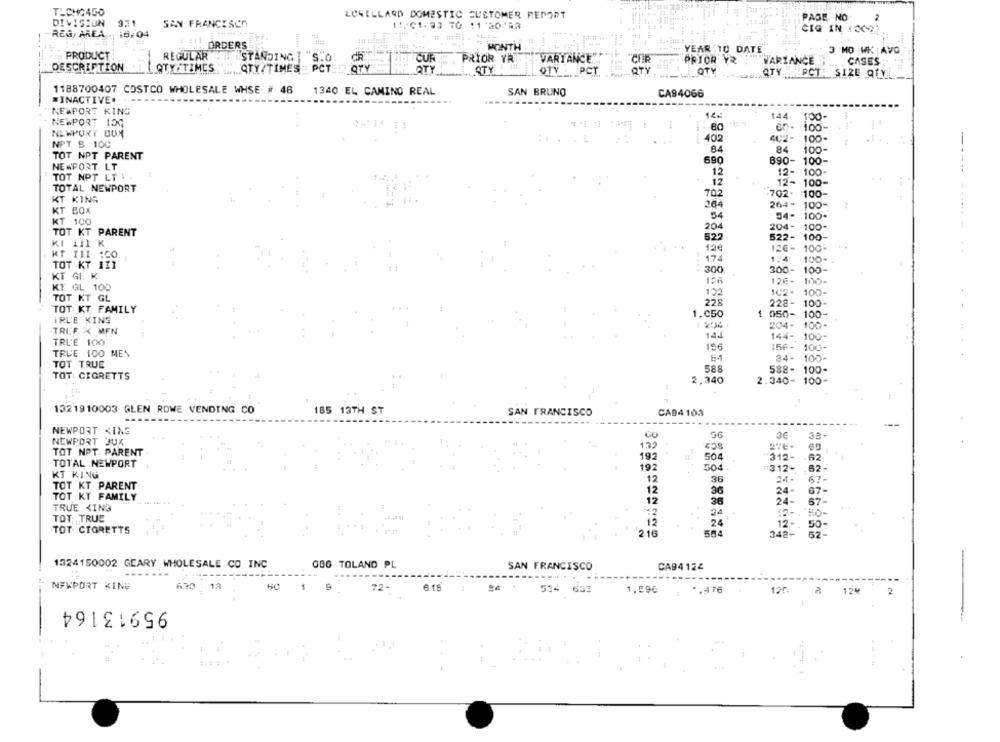
TLCHO450
LOWILLARD DOMESTIC CUSTOMER REPORT
DIVISION
SAN FRANCISCO
PAGE. NO
11,01/93 10 11'20/43
CIG IN JOC22
-REG, AREA .16.04
ORDERS
MONTH
+""+ YEAR TO DATE
3 MO WK AVG
PRODUCT
REGULAR
STANDING
"S.0
ČUR.
PRIOR YR
VARIANCE
CIR
PRIOR Y&
CASES
-
QTY
TUTARIANCE
DESCRIPTION
ATY TIMES
QTY /TIMES _ PCT
QTY
STY !
QTY : PCT
OTY
QTY . PCT: SIZE QTVE
1188700407 COSTCO WHOLESALE WHSE # 46
1340 EL CAMINO REAL
SAN BRUNO
CA94066
*INACTIVE. - ---
NEWPORT KING
144
100-
NEWPORT 130
NEWPORT BOM
60
402
100-
NPT S 100
84
100-
TOT NPT PARENT
590
890-
100-
NEWPORT LT
100-
TOT NOT LT 1 .
12
100-
TOTAL NEWPORT
702
702.
:100-
KT KING
264
264-
100-
KT BOX
54
100-
KT 100
TOT KT PARENT
204
204-
100-
522
522-
100-
KI 111 K
19€
100
KT FII 1CO.
174
124
100-
TOT KT 111
.. ...
100-
300
300-
KT GI. K
126
KT GL 100
TOT KT GL
122
100-
228
222-
100
TOT KT FAMILY
.-
IRL'E KING
1.050
050-
100-
204-
100-
TALE X MEN
144
TRUE 100
144-
100
156
:56-
100-
TRUE 100 MEY
84-
100-
TOT TRUE
588
588-
100-
TOT CIGRETTS
2,340
2.340-
100-
1321910003 GLEN ROWE VENDING CO
165 13TH ST
SAN FRANCISCO
CA94 103
NEWPORT KING
GU
SC2
3A-
NEWPORT JUX
122
TOT NPT. PARENT
192
504
312-
TOTAL NEWPORT
192
504
312-
62-
KT KING
12
36
67-
TOT KT PARENT
12
24-
67-
TOT KT FAMILY
36
12
26
24-
67-
TRUE <IN3
142
HO-
TOT TRUE
24
12-
TOT CIGRETTS
216
554
342-
62-
1324150002 GEARY WHOLESALE CO INC
GBG TOLAND PL
SAN FRANCISCO
CA94 124
-----
NEWPORT KING
630 13
6.15
72.
534 652
1,590
*. 476
12%
95913164